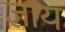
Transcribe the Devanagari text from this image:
ज्ञाय